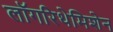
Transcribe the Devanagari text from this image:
लॉगरिथेमिशेन